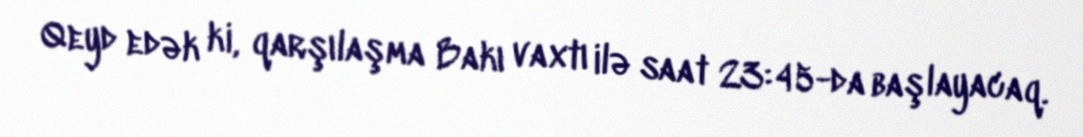
Qeyd edək ki, qarşılaşma Bakı vaxtı ilə saat 23:45-da başlayacaq.